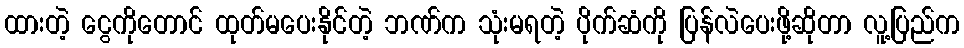
ထားတဲ့ ငွေကိုတောင် ထုတ်မပေးနိုင်တဲ့ ဘဏ်က သုံးမရတဲ့ ပိုက်ဆံကို ပြန်လဲပေးဖို့ဆိုတာ လူ့ပြည်က